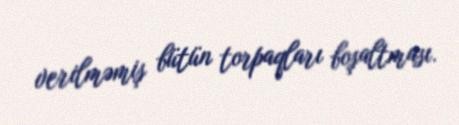
verilməmiş bütün torpaqları boşaltması.